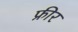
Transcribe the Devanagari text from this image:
फ्रीर